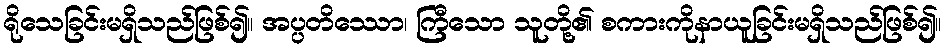
ရိုသေခြင်းမရှိသည်ဖြစ်၍။ အပ္ပတိဿော၊ ကြီသော သူတို့၏ စကားကိုနာယူခြင်းမရှိသည်ဖြစ်၍။